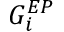
G _ { i } ^ { E P }